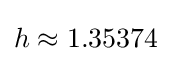
h\approx 1.35374